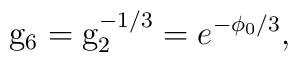
{{\rm g}_6 = {\rm g}_2^{-1/3}=e^{-\phi_0/3}, }